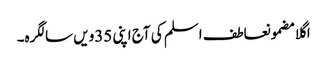
اگلا مضمونعاطف اسلم کی آج اپنی 35ویں سالگرہ۔